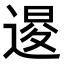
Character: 𨔫